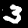
Label: 3